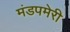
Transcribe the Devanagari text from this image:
मंडपमेरी